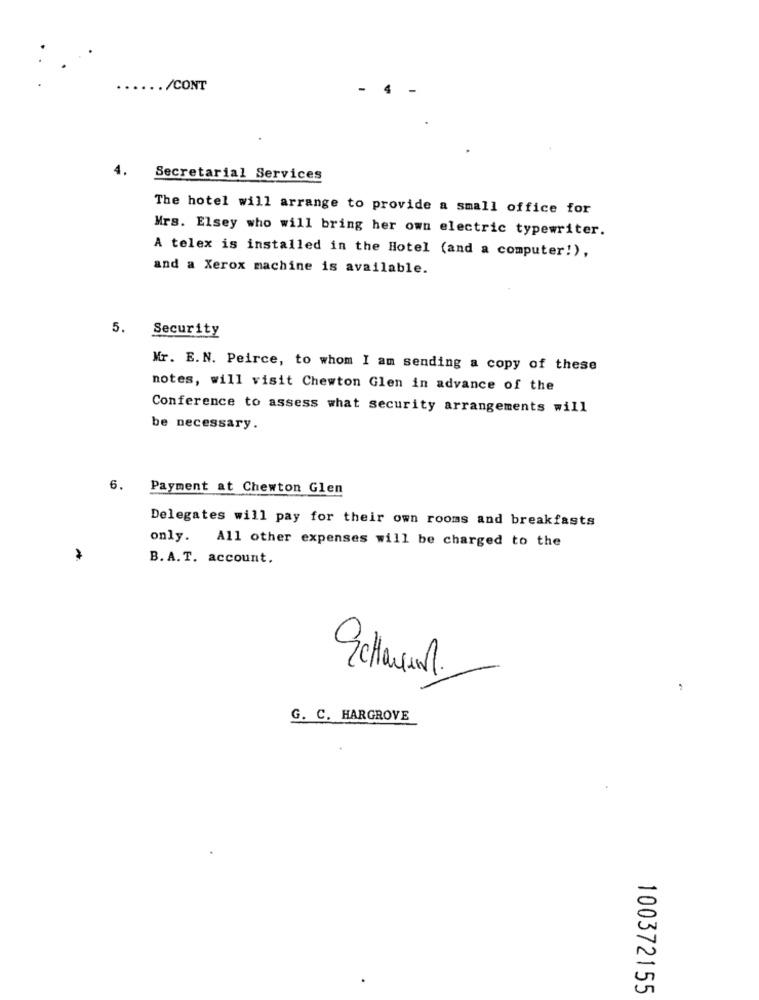
..... /CONT
4.
Secretarial Services
The hotel will arrange to provide a small office for
Mrs. Elsey who will bring her own electric typewriter.
A telex is installed in the Hotel (and a computer!),
and a Xerox machine is available.
5.
Security
Mr. E.N. Peirce, to whom I am sending a copy of these
notes, will visit Chewton Glen in advance of the
Conference to assess what security arrangements will
be necessary.
6.
Payment at Chewton Glen
Delegates will pay for their own rooms and breakfasts
only. All other expenses will be charged to the
B. A.T. account.
G. C. HARGROVE
100372155